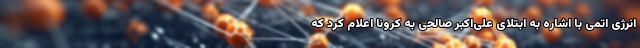
انرژی اتمی با اشاره به ابتلای علی‌اکبر صالحی به کرونا اعلام کرد که